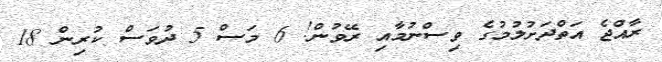
ރާއްޖެ އަތްދަށުލުމުގެ ވިސްނުމާއި ރޭވުން! 6 މަސް 5 ދުވަސް ކުރިން 18